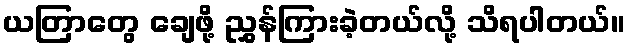
ယတြာတွေ ချေဖို့ ညွှန်ကြားခဲ့တယ်လို့ သိရပါတယ်။